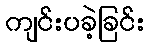
ကျင်းပခဲ့ခြင်း